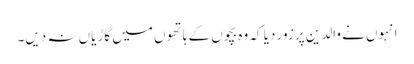
انہوں نے والدین پر زور دیا کہ وہ بچوں کے ہاتھوں میں گاڑیاں نہ دیں۔